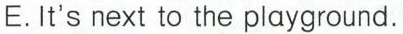
E.It's next to the playground。